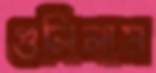
গুলিলাম